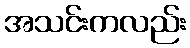
အသင်းကလည်း